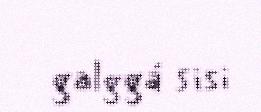
galggá sisi